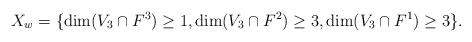
LaTeX: \begin{align*}X_w = \{\dim(V_3 \cap F^3) \geq 1,\dim(V_3 \cap F^2) \geq 3, \dim(V_3 \cap F^1) \geq 3\}.\end{align*}